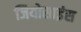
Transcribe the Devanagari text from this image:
जियोसाइंस